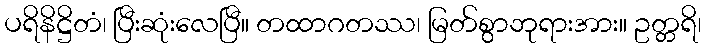
ပရိနိဋ္ဌိတံ၊ ပြီးဆုံးလေပြီ။ တထာဂတဿ၊ မြတ်စွာဘုရားအား။ ဥတ္တရိ၊